Civil Veterinary Department Bengal reports 1933-51 - 1933-1951
Year: 1933
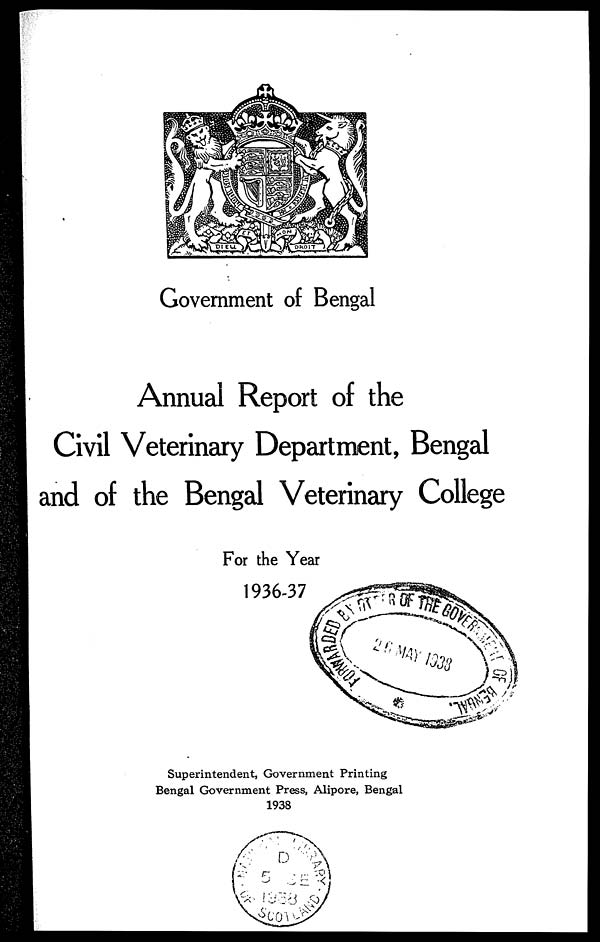
Government of Bengal
Annual Report of the
Civil Veterinary Department, Bengal
and of the Bengal Veterinary College
For the Year
1936-37
Superintendent, Government Printing
Bengal Government Press, Alipore, Bengal
1938